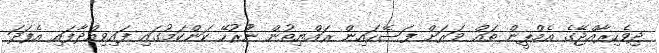
ދިވެހިރާއްޖޭގެ އެމްޕީން ތައް ވަރަށް ފަސޭހައިން ރައްޔިތުން ނުުރުހޭ ކަންކަމުގައި ފައިވިއްދާފައި އެފަދަ